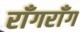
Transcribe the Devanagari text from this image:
राँगराँग